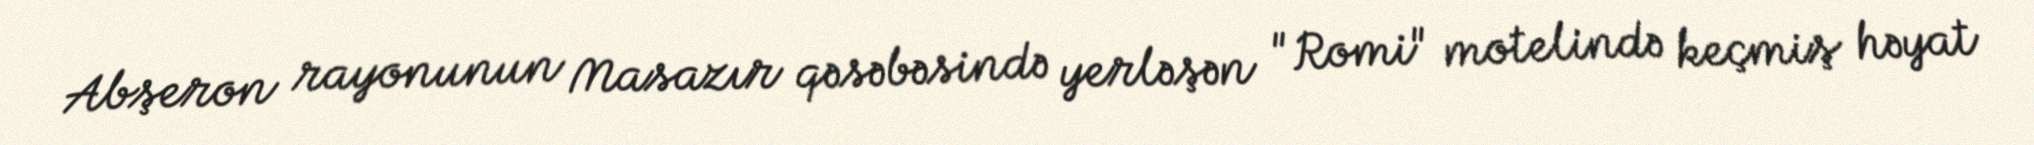
Abşeron rayonunun Masazır qəsəbəsində yerləşən "Romi" motelində keçmiş həyat